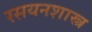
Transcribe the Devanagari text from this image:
रसयनशास्त्र